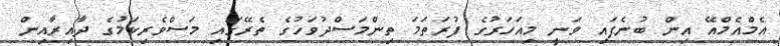
އެމްއެމްއޭ އިން ބުނެފައި ވަނީ މިއަހަރުގެ ފުރަތަމަ ތިންމަސްދުވަހުގެ ތެރޭގައި މަސްވެރިކަމުގެ ދާއިރާއިން